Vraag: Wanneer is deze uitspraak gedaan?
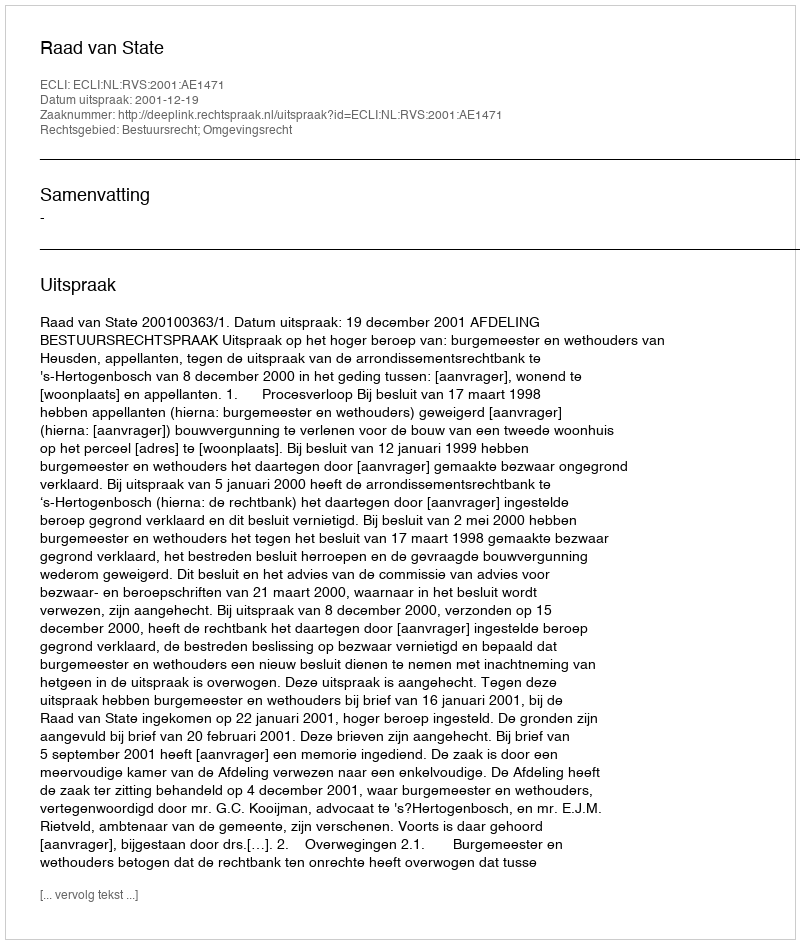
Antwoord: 2001-12-19